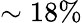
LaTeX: \sim 18\%